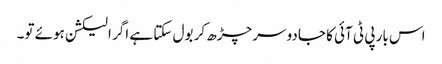
اس بار پی ٹی آئی کا جادو سرچڑھ کر بول سکتا ہے اگر الیکشن ہوئے تو۔